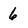
Character: 6